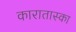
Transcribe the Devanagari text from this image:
कारातास्का